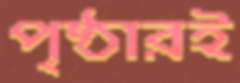
পৃষ্ঠারই